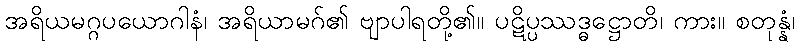
အရိယမဂ္ဂပယောဂါနံ၊ အရိယာမဂ်၏ ဗျာပါရတို့၏။ ပဋိပ္ပဿဒ္ဓဋ္ဌောတိ၊ ကား။ စတုန္နံ၊